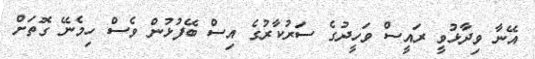
އޭނާ ވިދާޅުވީ ރައީސް ވަހީދުގެ ސަރުކާރުގެ އިސް ބޭފުޅުން ވެސް ހިމެނޭ ގޮތަށް